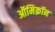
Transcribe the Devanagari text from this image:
ऑमिक्रॉन